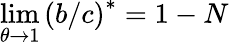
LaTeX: \operatorname*{lim}_{\theta\rightarrow 1}\left(b/c\right)^{\ast}=1-N